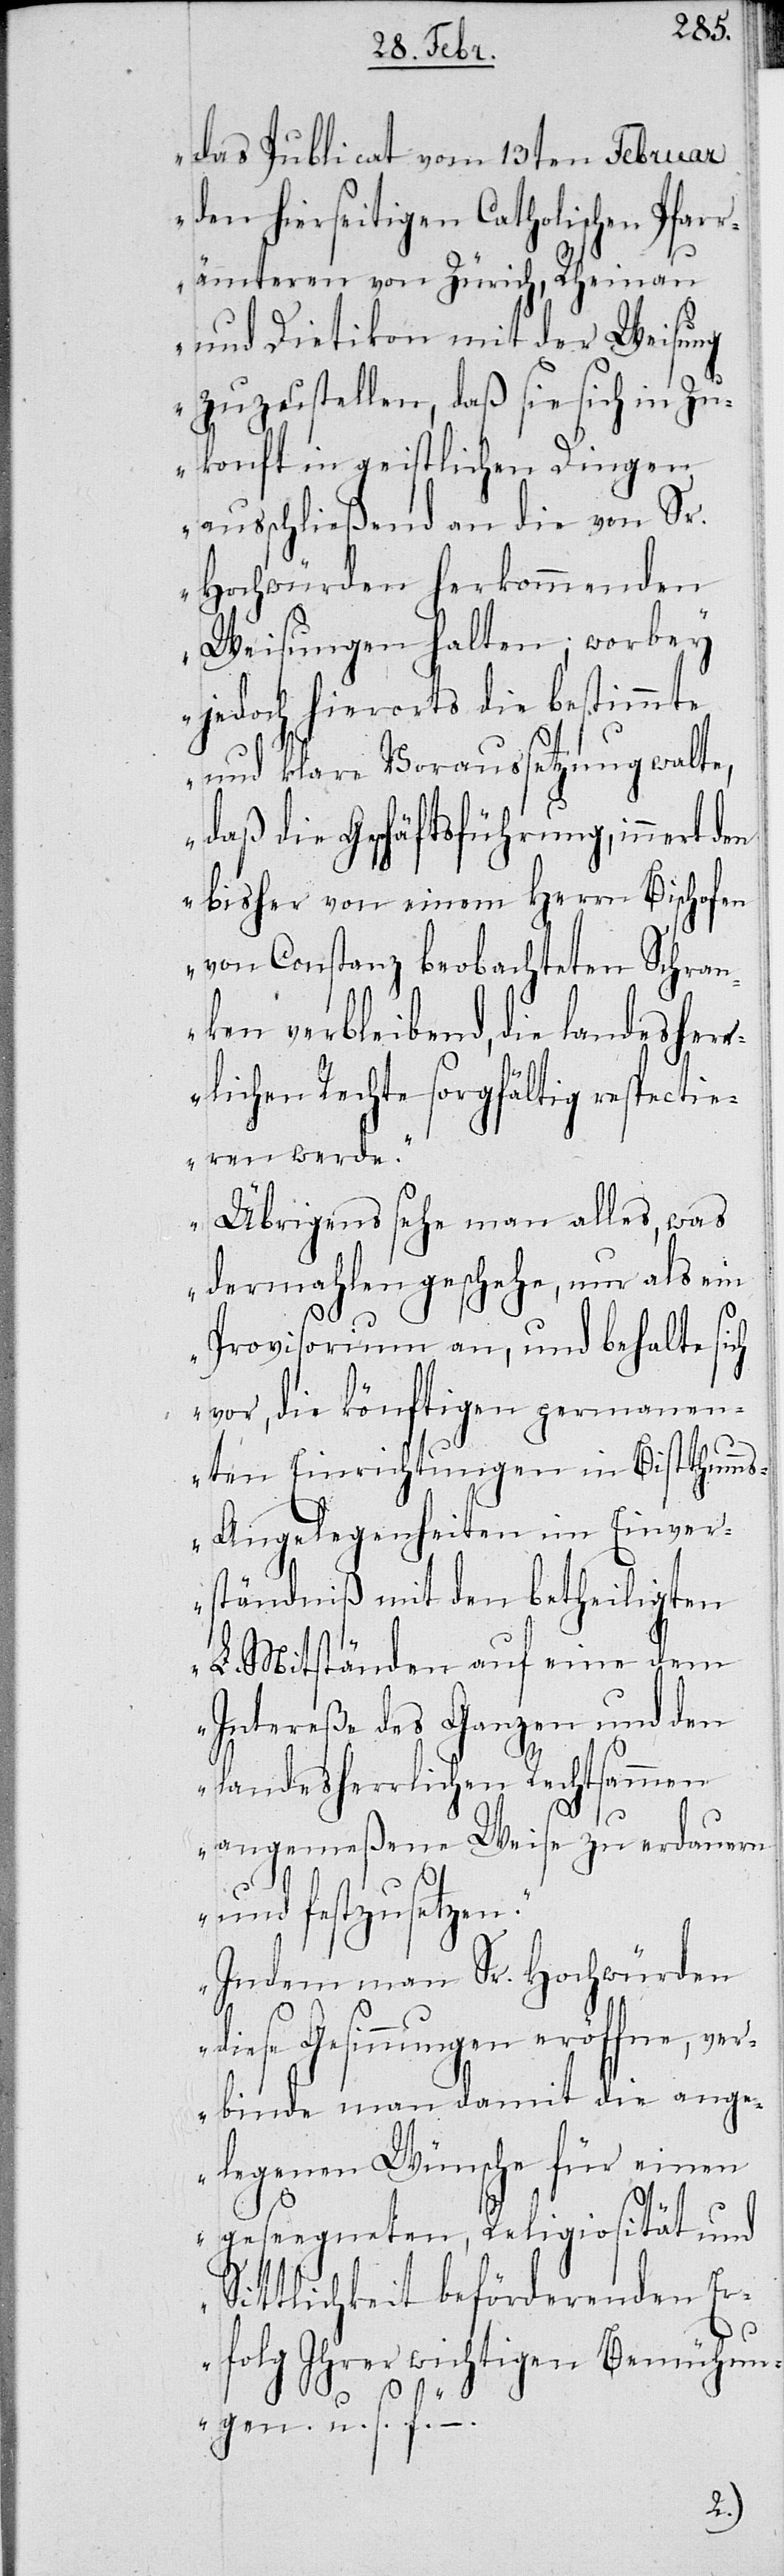
das Publicat vom 13ten Februar
den hierseitigen Catholischen Pfar¬
rämteren vom Zürich, Rheinau
und Dietikon mit der Weisung
zuzustellen, daß sie sich in Zu¬
kunft in geistlichen Dingen
ausschließend an die von Sr.
Hochwürden herkommenden
Weisungen halten; worbey
jedoch hierorts die bestimmte
und klare Voraussetzung walte,
daß die Geschäftsführung, innert den
bisher von einem Herrn Bischofen
von Constanz beobachteten Schran¬
ken verbleibend, die landesher¬
rlichen Rechte sorgfältig respectie¬
ren werde.
Übrigens sehe man alles, was
dermahlen geschehe, nur als ein
Provisorium an, und behalte sich
vor, die könftigen permanen¬
ten Einrichtungen in Bistthumm¬
s-Angelegenheiten im Einver¬
ständnis mit den betheiligten
L. Mitständen auf eine dem
Intereße des Ganzen und den
landesherrlichen Rechtsammen
angemeßene Weise zu erdauern
und festzusetzen.
Indem man Sr. Hochwürden
diese Gesinnungen eröffne, ve¬
rbinde man damit die ange¬
legenen Wünsche für einen
geseegneten, Religiosität und
Sittlichkeit befördernden E¬
rfolg Ihrer wichtigen Bemühung¬
–.